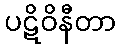
ပဋိဝိနီတာ